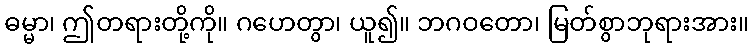
ဓမ္မာ၊ ဤတရားတို့ကို။ ဂဟေတွာ၊ ယူ၍။ ဘဂဝတော၊ မြတ်စွာဘုရားအား။